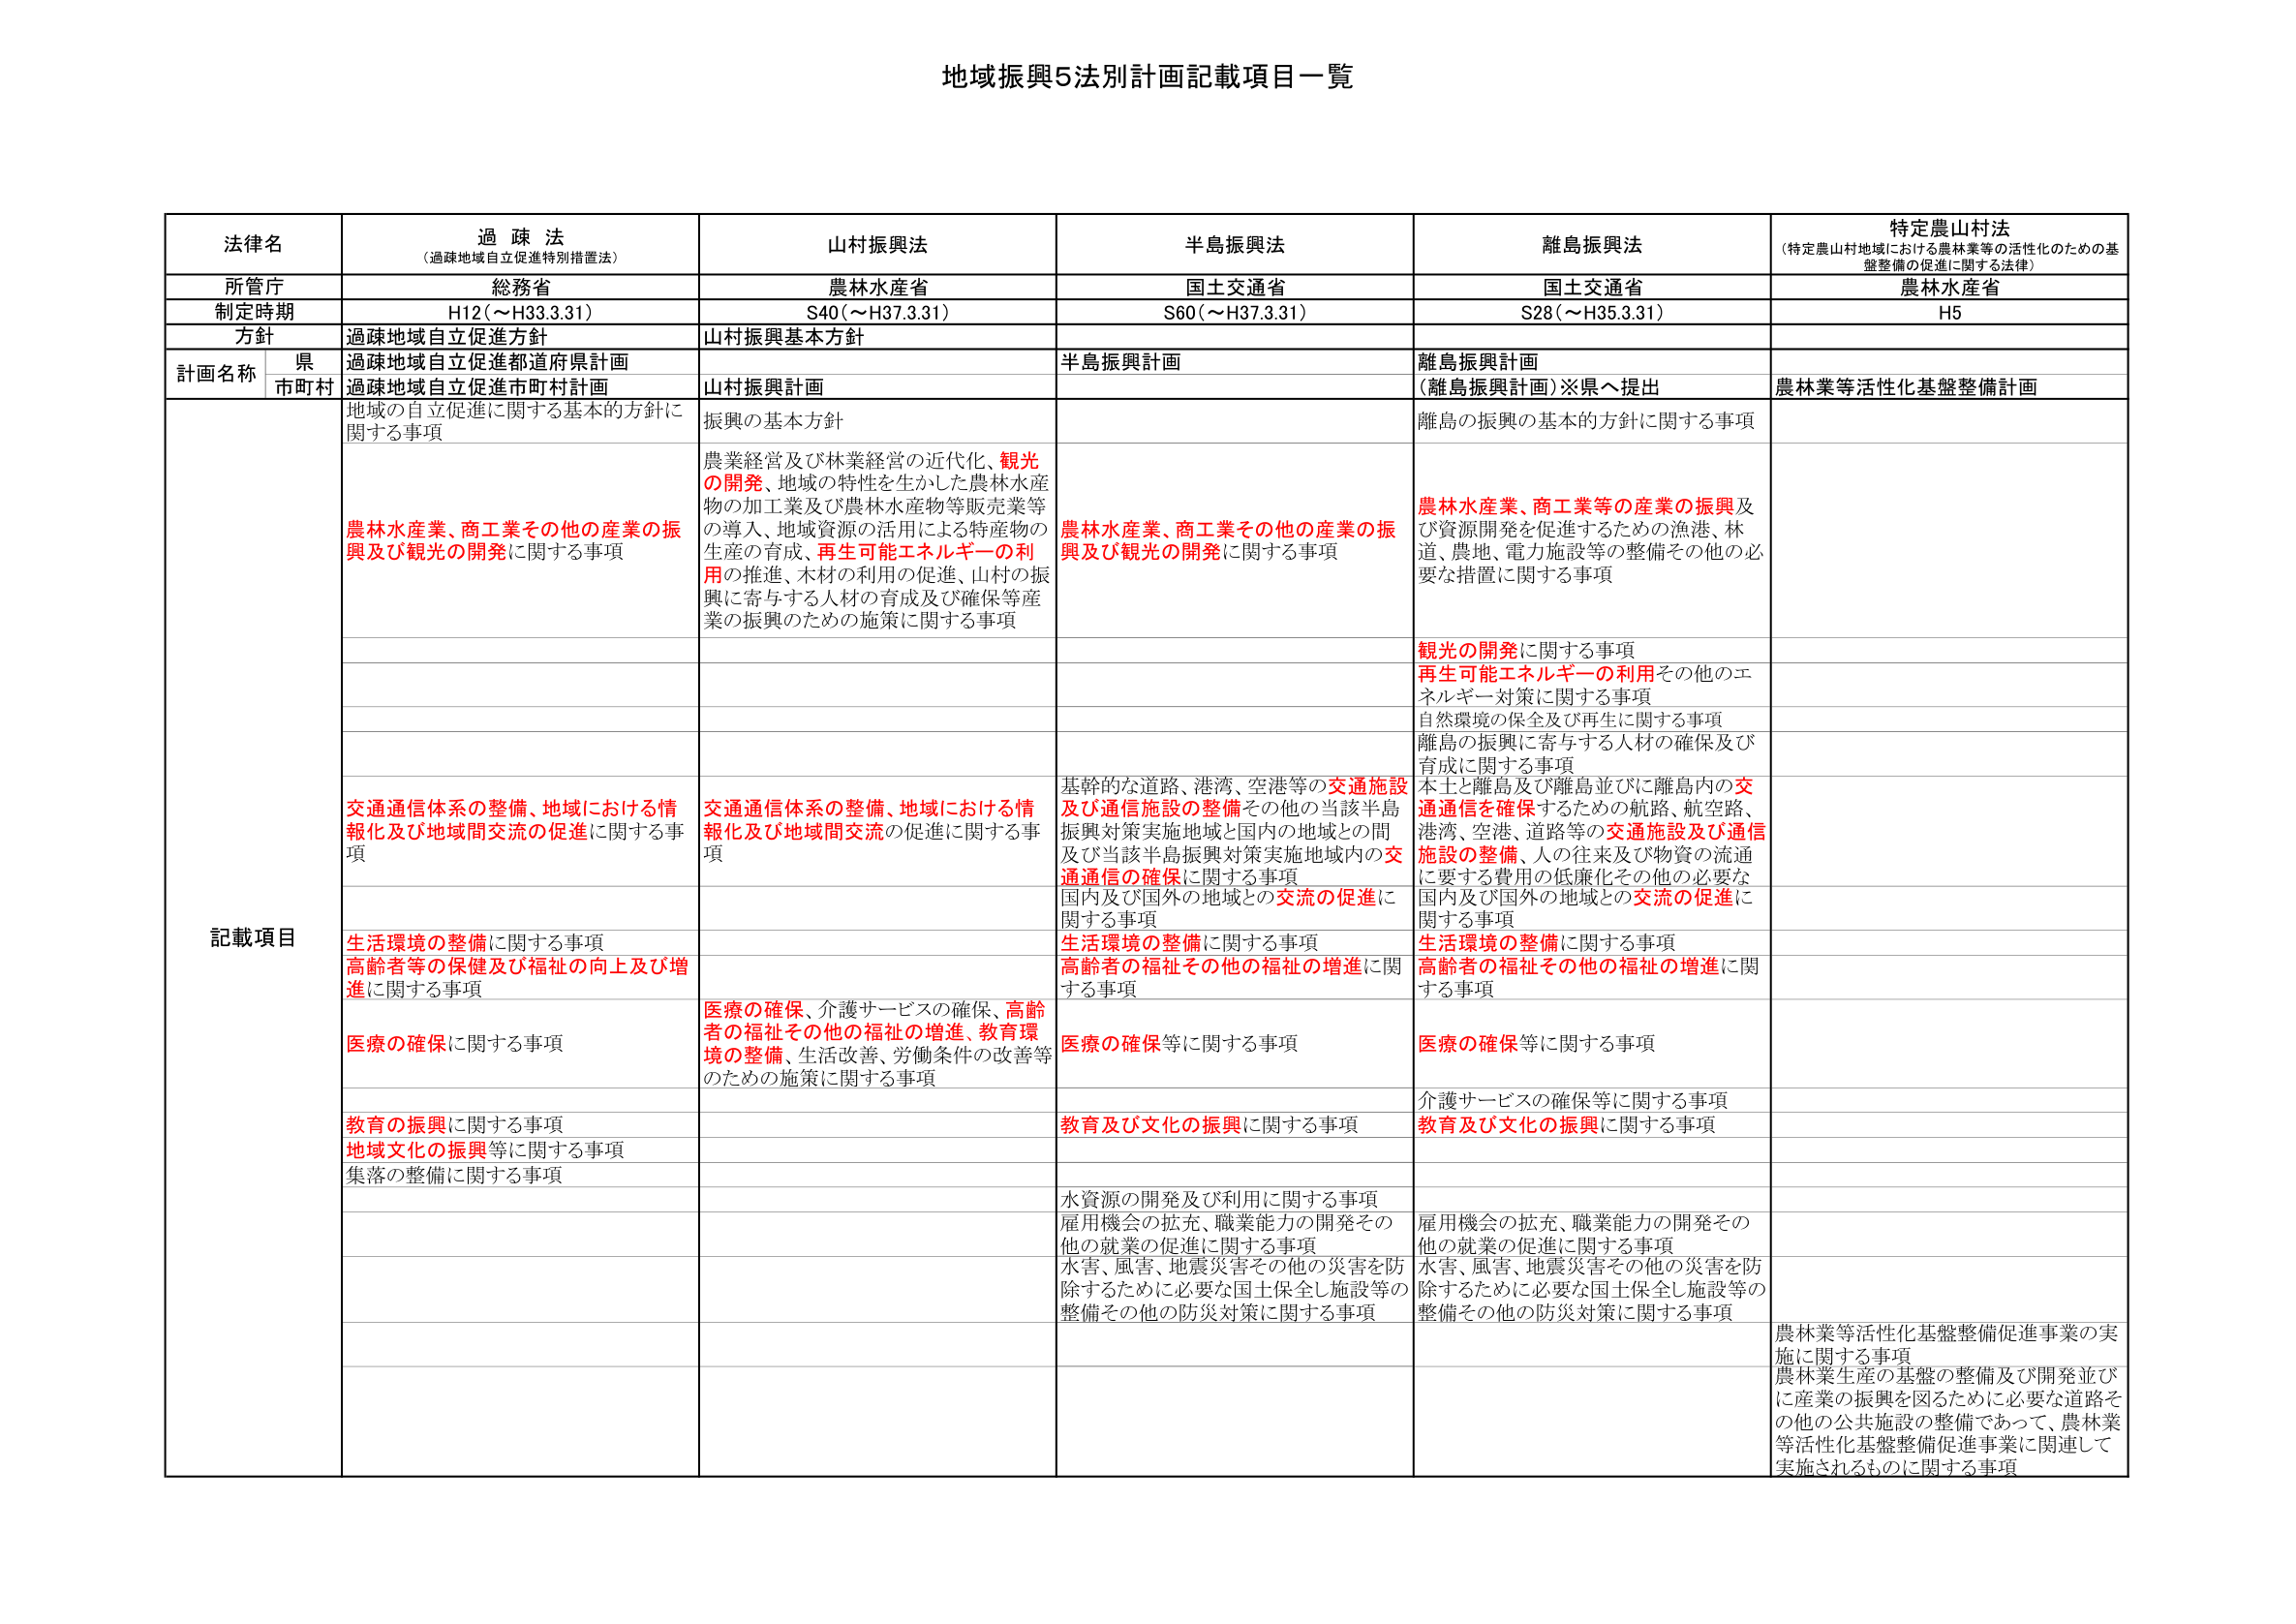
地域振興5法別計画記載項目一覧

法律名 過疎法 （過疎地域自立促進特別措置法） 山村振興法 半島振興法 離島振興法 特定農山村法 （特定農山村地域における農林業等の活性化のための基盤整備の促進に関する法律）

所管庁 総務省 農林水産省 国土交通省 国土交通省 農林水産省

制定時期 H12（～H33.3.31） S40（～H37.3.31） S60（～H37.3.31） S28（～H35.3.31） H5

方針 過疎地域自立促進方針 山村振興基本方針

計画名称 県 過疎地域自立促進都道府県計画 半島振興計画 離島振興計画 （離島振興計画）※県へ提出 農林業等活性化基盤整備計画
市町村 過疎地域自立促進市町村計画 山村振興計画

記載項目 地域の自立促進に関する基本的方針に関する事項 振興の基本方針 離島の振興の基本的方針に関する事項

農林水産業、商工業その他の産業の振興及び観光の開発に関する事項 農業経営及び林業経営の近代化、観光の開発、地域の特性を生かした農林水産物の加工業及び農林水産物等販売業等の導入、地域資源の活用による特産物の生産の育成、再生可能エネルギーの利用の推進、木材の利用の促進、山村の振興に寄与する人材の育成及び確保等産業の振興のための施策に関する事項 農林水産業、商工業その他の産業の振興及び観光の開発に関する事項 農林水産業、商工業等の産業の振興及び資源開発を促進するための漁港、林道、農地、電力施設等の整備その他の必要な措置に関する事項

観光の開発に関する事項 再生可能エネルギーの利用その他のエネルギー対策に関する事項 自然環境の保全及び再生に関する事項 離島の振興に寄与する人材の確保及び育成に関する事項

交通通信体系の整備、地域における情報化及び地域間交流の促進に関する事項 交通通信体系の整備、地域における情報化及び地域間交流の促進に関する事項 基幹的な道路、港湾、空港等の交通施設及び通信施設の整備その他の当該半島振興対策実施地域と国内の地域との間及び当該半島振興対策実施地域内の交通通信の確保に関する事項 国内及び国外の地域との交流の促進に関する事項 本土と離島及び離島並びに離島内の交通通信を確保するための航路、航空路、港湾、空港、道路等の交通施設及び通信施設の整備、人の往来及び物資の流通に要する費用の低廉化その他の必要な国内及び国外の地域との交流の促進に関する事項

生活環境の整備に関する事項 高齢者等の保健及び福祉の向上及び増進に関する事項 生活環境の整備に関する事項 高齢者の福祉その他の福祉の増進に関する事項 生活環境の整備に関する事項 高齢者の福祉その他の福祉の増進に関する事項

医療の確保に関する事項 医療の確保、介護サービスの確保、高齢者の福祉その他の福祉の増進、教育環境の整備、生活改善、労働条件の改善等のための施策に関する事項 医療の確保等に関する事項 医療の確保等に関する事項

教育の振興に関する事項 地域文化の振興等に関する事項 教育及び文化の振興に関する事項 教育及び文化の振興に関する事項

集落の整備に関する事項

水資源の開発及び利用に関する事項

雇用機会の拡充、職業能力の開発その他の就業の促進に関する事項 雇用機会の拡充、職業能力の開発その他の就業の促進に関する事項

水害、風害、地震災害その他の災害を防除するために必要な国土保全施設等の整備その他の防災対策に関する事項 水害、風害、地震災害その他の災害を防除するために必要な国土保全施設等の整備その他の防災対策に関する事項

農林業等活性化基盤整備促進事業の実施に関する事項 農林業生産の基盤の整備及び開発並びに産業の振興を図るために必要な道路その他の公共施設の整備であって、農林業等活性化基盤整備促進事業に関連して実施されるものに関する事項